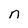
Character: n